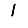
Digit: 1